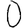
Digit: 0